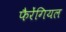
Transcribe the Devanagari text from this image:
फैरेंगियल